Lunatic asylums United Provinces 1909-1921 - 1909-1921
Year: 1909
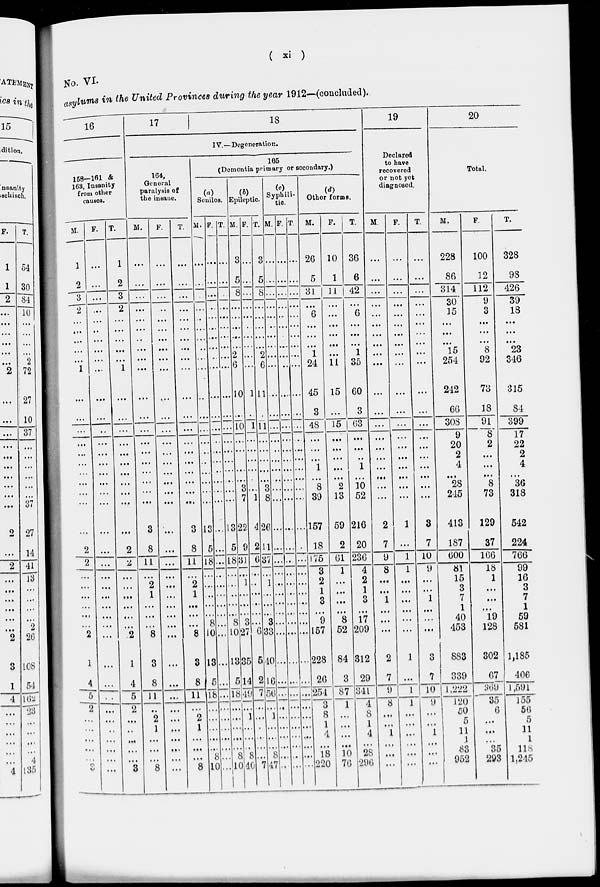
(
xi
)
No. VI.
asylums in the United Provinces during the year 1912—(concluded).
16
158—161 &
168, Insanity
from other
causes.
M.
1
2
3
2
...
...
...
...
...
1
...
...
...
...
...
...
...
...
...
...
...
2
2
...
...
...
...
...
...
2
1
4
5
2
...
...
...
...
...
3
F.
...
...
...
...
...
...
...
...
...
...
...
...
...
...
...
...
...
...
...
...
...
...
...
...
...
...
...
...
...
...
...
...
...
...
...
...
...
...
...
...
T.
1
2
3
2
...
...
...
...
...
1
...
...
...
...
...
...
...
...
...
...
...
2
2
...
...
...
...
...
...
2
1
4
5
2
...
...
...
...
...
3
17
18
IV.—Degeneration.
164,
General
paralysis of
the insane.
M.
...
...
...
...
...
...
...
...
...
...
...
...
...
...
...
...
...
...
...
...
3
8
11
...
2
1
...
...
...
8
3
8
11
...
2
1
...
...
...
8
F.
...
...
...
...
...
...
...
...
...
...
...
...
...
...
...
...
...
...
...
...
...
...
...
...
...
...
...
...
...
...
...
...
...
...
...
...
...
...
...
...
T.
...
...
...
...
...
...
...
...
...
...
...
...
...
...
...
...
...
...
...
...
3
8
11
...
2
1
...
...
...
8
3
8
11
...
2
1
...
...
...
8
165
(Demontia primary or secondary.)
(a)
Seniles.
M.
...
...
...
...
...
...
...
...
...
...
...
...
...
...
...
...
...
...
...
...
13
5
18
...
...
...
...
...
8
10
13
5
18
...
...
...
...
...
8
10
F.
...
...
...
..
...
...
...
...
...
...
...
...
...
...
...
...
...
...
...
...
...
...
...
...
...
...
...
...
...
...
...
...
...
...
...
...
...
...
...
...
T.
...
...
...
...
...
...
...
...
...
...
...
...
...
...
...
...
...
...
...
...
13
5
18
...
...
...
...
...
8
10
18
5
18
...
...
...
...
...
8
10
(b)
Epileptic.
M.
3
5
8
...
...
...
...
...
2
6
10
...
10
...
...
...
...
...
3
7
22
9
31
...
1
...
...
...
3
27
35
14
49
...
1
...
...
...
8
40
F.
...
...
...
...
...
...
...
...
...
...
1
...
1
...
...
...
...
...
...
1
4
2
6
...
...
...
...
...
...
6
5
2
7
...
...
...
...
...
...
7
T.
3
5
8
...
...
...
...
...
2
6
11
...
11
...
...
...
...
...
3
8
26
11
37
...
1
...
...
...
3
33
40
16
56
...
1
...
...
...
8
47
(c) .
Syphili-
tic
M.
...
...
...
...
...
...
...
...
...
...
...
...
...
...
...
...
...
...
...
...
...
...
...
...
...
...
...
...
...
...
...
...
...
...
...
...
...
...
...
...
F.
...
...
...
...
...
...
...
...
...
...
...
...
...
...
...
...
...
...
...
...
...
...
...
...
...
...
...
...
...
...
...
...
...
...
...
...
...
...
...
...
T.
...
...
...
...
...
...
...
...
...
...
...
...
...
...
...
...
...
...
...
...
...
...
...
...
...
...
...
...
...
...
...
...
...
...
...
...
...
...
...
...
(d)
Other forms.
M.
26
5
31
...
6
...
...
...
1
24
45
3
48
...
...
...
1
...
8
39
157
18
175
3
2
1
3
...
9
157
228
26
251
3
8
1
4
...
18
220
F.
10
1
11
...
...
...
...
...
...
11
15
...
15
...
...
...
...
...
2
13
59
2
61
1
...
...
...
...
8
52
84
3
87
1
...
...
...
...
10
76
T.
36
6
42
...
6
...
...
...
1
35
60
3
63
...
...
..
1
...
10
52
216
20
236
4
2
1
3
...
17
209
312
29
341
4
8
1
4
...
28
296
19
Declared
to have
recovered
or not yet
diagnosed.
M.
...
...
...
...
...
...
...
...
...
...
...
...
...
...
...
...
...
...
...
...
2
7
9
8
...
...
1
...
...
...
2
7
9
8
...
...
1
...
...
...
F.
...
...
...
...
...
...
...
...
...
...
...
...
...
...
...
...
...
...
...
1
...
1
1
...
...
...
...
...
...
1
...
1
1
...
...
...
...
...
...
T.
...
...
...
...
...
...
...
...
...
...
...
...
...
...
...
...
...
...
...
...
3
7
10
9
...
...
1
...
...
...
3
7
10
9
...
...
1
...
...
...
20
Total.
M.
228
86
314
30
15
...
....
...
15
254
242
66
308
9
20
2
4
....
28
245
413
187
600
81
15
3
7
1
40
453
883
339
1,2.22
120
50
5
11
1
83
952
F.
100
12
112
9
3
...
...
...
8
92
73
18
91
8
2
...
...
...
8
73
129
37
166
18
1
...
...
...
19
128
302
67
369
35
6
...
...
...
35
293
T.
328
98
426
39
18
...
...
...
23
346
315
84
399
17
22
2
4
...
36
318
542
224
766
99
16
3
7
1
59
581
1,185
406
1,591
155
56
5
11
1
118
1,245